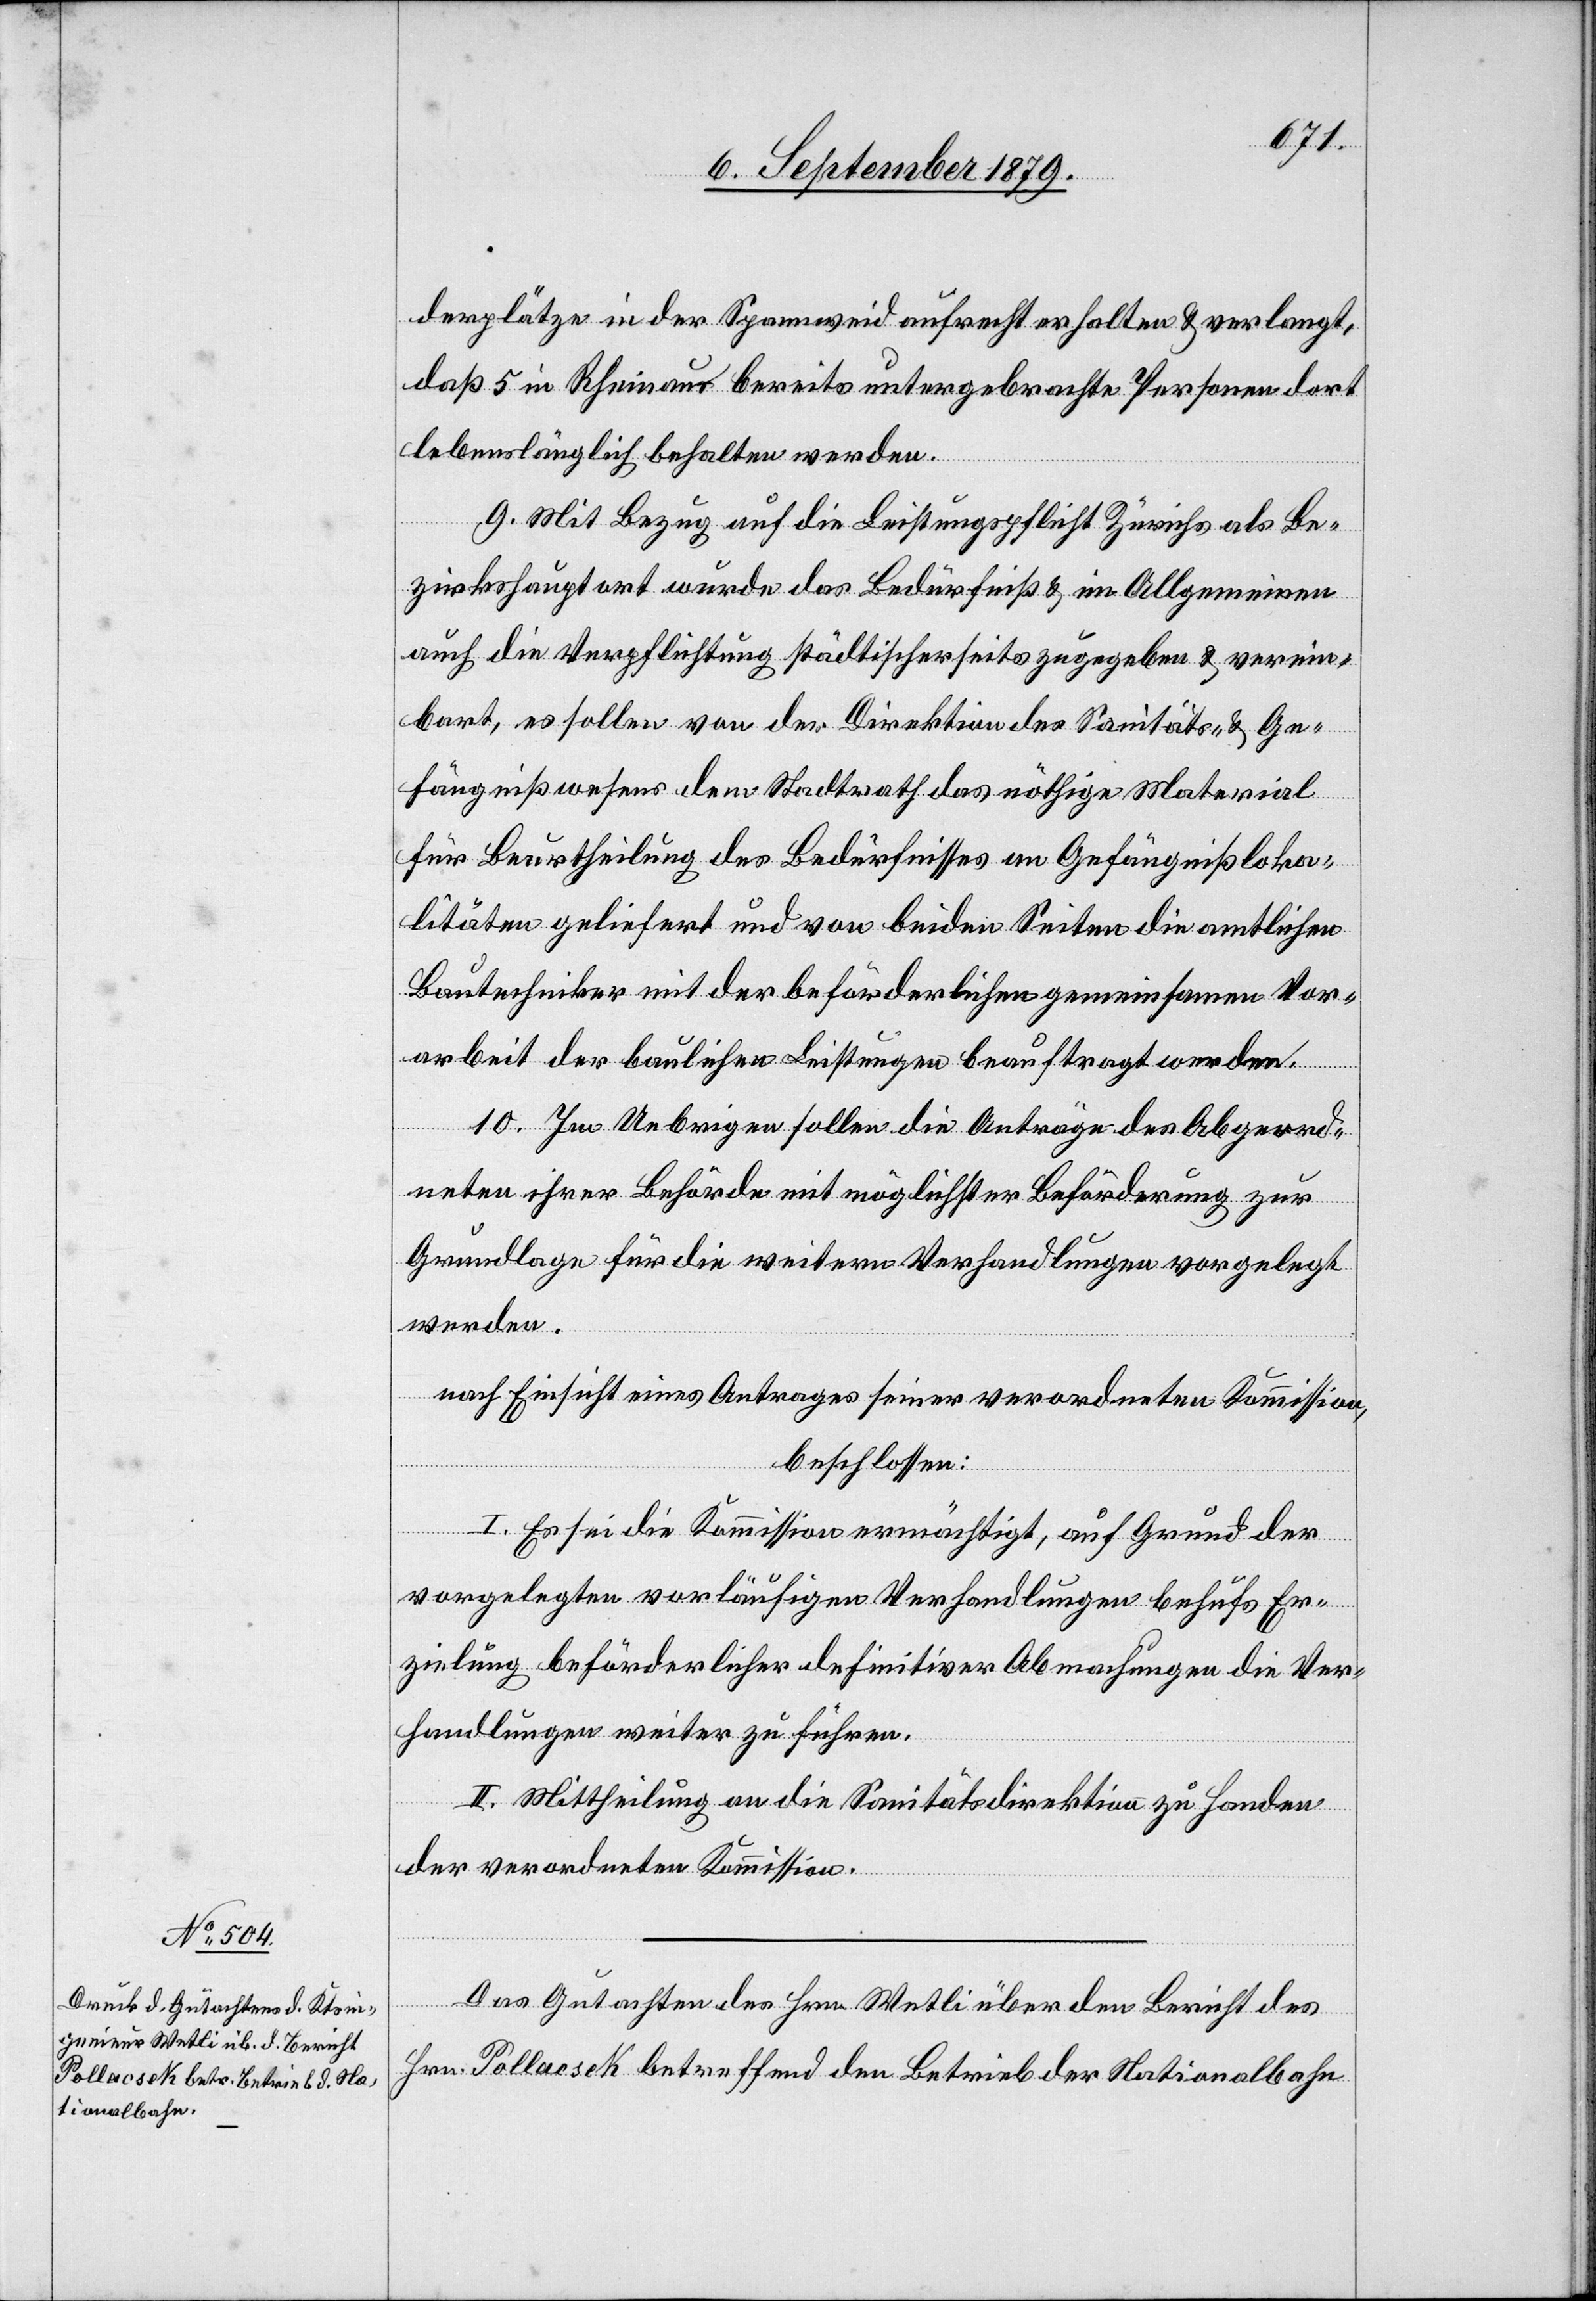
derplätze in der Spannweid aufrecht erhalten & verlangt,
daß 5 in Rheinau bereits untergebrachte Personen dort
lebenslänglich behalten werden.
9. Mit Bezug auf die Leistungspflicht Zürichs als Be¬
zirkshauptort wurde das Bedürfniß & im Allgemeinen
auch die Verpflichtung städtischerseits zugegeben & verein¬
bart, es sollen von der Direktion des Sanitäts- & Ge¬
fängnißwesens dem Stadtrath das nöthige Material
für Beurtheilung des Bedürfnisses an Gefängnißloka¬
litäten geliefert und von beiden Seiten die amtlichen
Bautechniker mit der beförderlichen gemeinsamen Vor¬
arbeit der baulichen Leistungen beauftragt werden.
10. Im Uebrigen sollen die Anträge des Abgeord¬
neten ihrer Behörde mit möglichster Beförderung zur
Grundlage für die weitern Verhandlungen vorgelegt
werden.
nach Einsicht eines Antrages seiner verordneten Kommission,
beschlossen:
I. Es sei die Kommission ermächtigt, auf Grund der
vorgelegten vorläufigen Verhandlungen behufs Er¬
zielung beförderlicher definitiver Abmachungen die Ver¬
handlungen weiter zu führen.
II. Mittheilung an die Sanitätsdirektion zu Handen
der verordneten Kommission.
Das Gutachten des Hrn. Wetli über den Bericht des
Hrn. Pollacsek betreffend den Betrieb der Nationalbahn